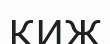
КИЖ